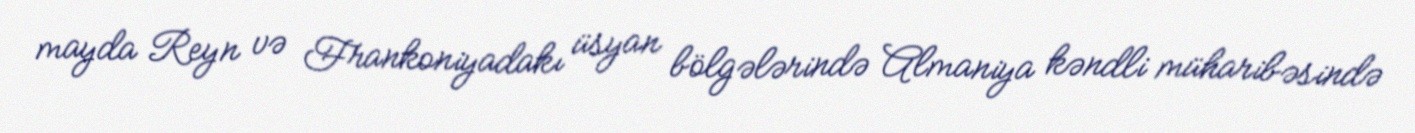
mayda Reyn və Frankoniyadakı üsyan bölgələrində Almaniya kəndli müharibəsində